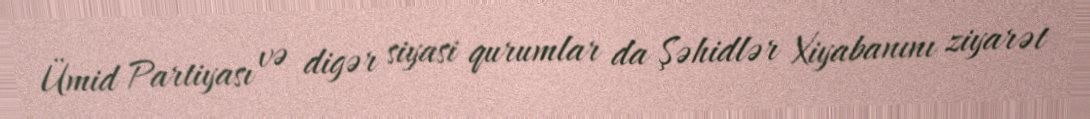
Ümid Partiyası və digər siyasi qurumlar da Şəhidlər Xiyabanını ziyarət